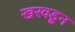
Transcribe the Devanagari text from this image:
खरवडून